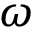
\omega